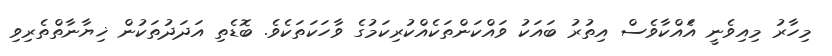
މިހާރު މިއިވެނީ އަެއްކާވެސް އިތުރު ބައަކު ވައްކަންތަކެއްކުރިކަމުގެ ވާހަކަތަކެވެ. ބޮޑެތި އަދަދުތަކުން ޚިޔާނާތްތެރިވި